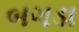
બગડા